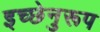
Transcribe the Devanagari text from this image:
इच्छेनुरूप